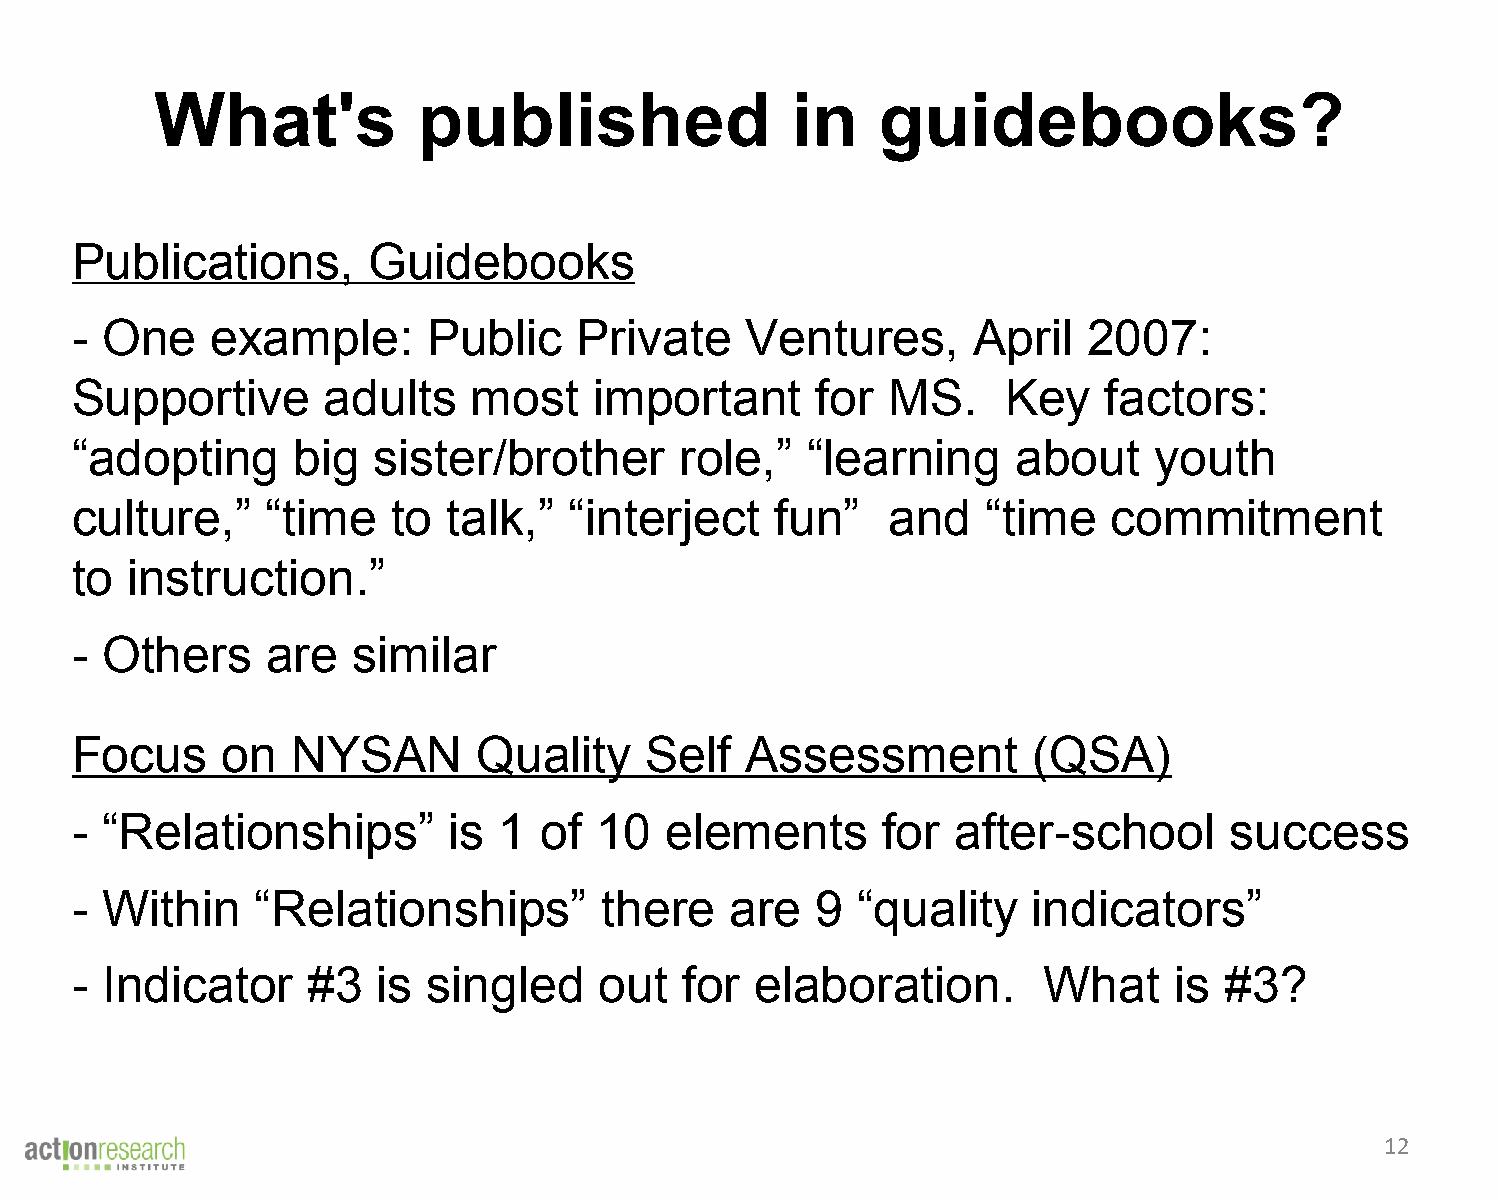
What's            published               in    guidebooks?
 Publications,      Guidebooks
 - One    example:      Public    Private    Ventures,      April   2007:
 Supportive      adults    most    important      for  MS.     Key   factors:
 “adopting     big   sister/brother      role,”  “learning     about    youth
 culture,”    “time   to  talk,”  “interject   fun”    and   “time    commitment
 to instruction.”
 - Others     are  similar
 Focus     on  NYSAN        Quality    Self  Assessment         (QSA)
 - “Relationships”        is 1  of  10  elements      for  after-school      success
 - Within    “Relationships”        there   are   9  “quality   indicators”
 - Indicator    #3   is singled     out  for  elaboration.       What     is #3?
 12